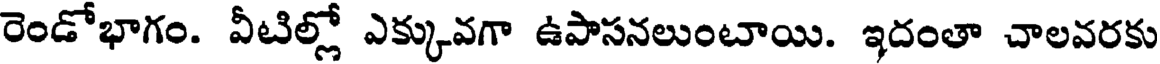
రెండోభాగం. వీటిల్లో ఎక్కువగా ఉపాసనలుంటాయి. ఇదంతా చాలవరకు